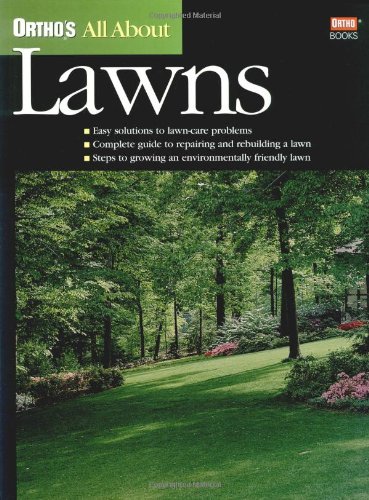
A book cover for Ortho's All About Lawns (Ortho's All About Gardening); Ortho Books; Crafts, Hobbies & Home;